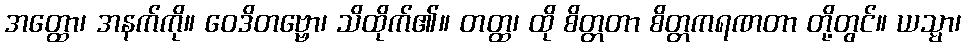
အတ္ထော၊ အနက်ကို။ ဝေဒိတဗ္ဗော၊ သိထိုက်၏။ တတ္ထ၊ ထို စိတ္တတာ စိတ္တကရဏတာ တို့တွင်။ ယသ္မာ၊